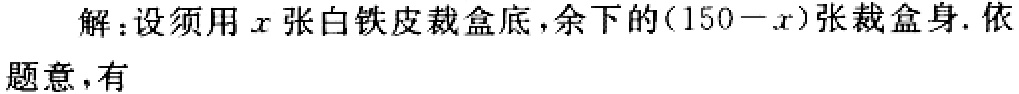
解：设须用\(x\)张白铁皮裁盒底，余下的\((150 - x)\)张裁盒身. 依题意，有